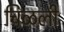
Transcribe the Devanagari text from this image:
चिळली